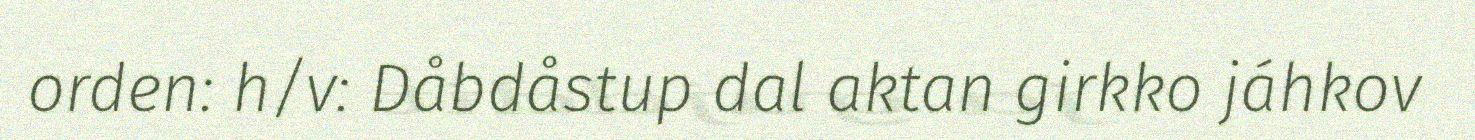
orden: h/v: Dåbdåstup dal aktan girkko jáhkov